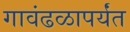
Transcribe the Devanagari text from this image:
गावंढळापर्यंत